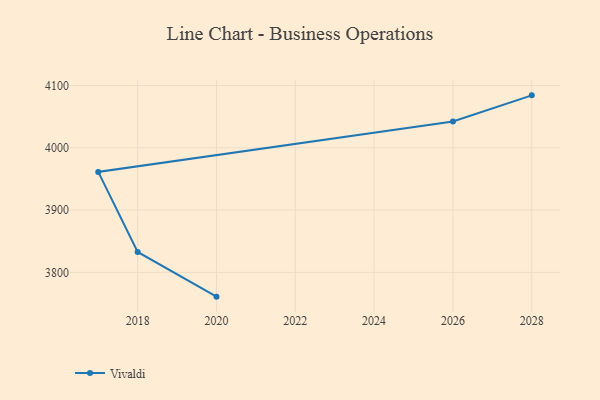
{"axis": {"x": "Year", "y": "Waste Production (Tons)"}, "legend": ["Vivaldi"], "data": [{"x": "2028", "y": 4084.2, "type": "Vivaldi"}, {"x": "2026", "y": 4042.1, "type": "Vivaldi"}, {"x": "2017", "y": 3961.3, "type": "Vivaldi"}, {"x": "2018", "y": 3832.8, "type": "Vivaldi"}, {"x": "2020", "y": 3761.0, "type": "Vivaldi"}]}